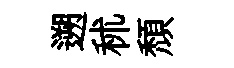
遡秫頹